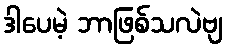
ဒါပေမဲ့ ဘာဖြစ်သလဲဗျ